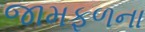
જામફળના